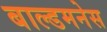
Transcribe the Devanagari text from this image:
बाल्डमनेस